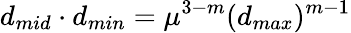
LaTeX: d_{mid}\cdot d_{min}=\mu^{3-m}(d_{max})^{m-1}